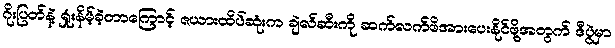
ဂိုးပြတ်နဲ့ ရှုံးနိမ့်ခဲ့တာကြောင့် ဇယားထိပ်ဆုံးက ချဲလ်ဆီးကို ဆက်လက်ဖိအားပေးနိုင်ဖို့အတွက် ဒီပွဲမှာ